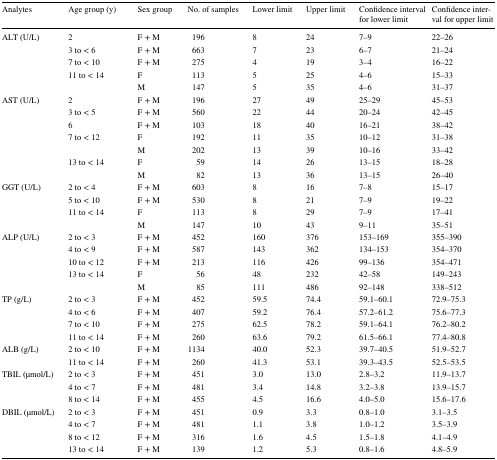
<table><thead><tr><td><b>Analytes</b></td><td><b>Age group (y)</b></td><td><b>Sex group</b></td><td><b>No. of samples</b></td><td><b>Lower limit</b></td><td><b>Upper limit</b></td><td><b>Confidence interval for lower limit</b></td><td><b>Confidence interval for upper limit</b></td></tr></thead><tbody><tr><td>ALT (U/L)</td><td>2</td><td>F + M</td><td>196</td><td>8</td><td>24</td><td>7–9</td><td>22–26</td></tr><tr><td></td><td>3 to &lt; 6</td><td>F + M</td><td>663</td><td>7</td><td>23</td><td>6–7</td><td>21–24</td></tr><tr><td></td><td>7 to &lt; 10</td><td>F + M</td><td>275</td><td>4</td><td>19</td><td>3–4</td><td>16–22</td></tr><tr><td></td><td>11 to &lt; 14</td><td>F</td><td>113</td><td>5</td><td>25</td><td>4–6</td><td>15–33</td></tr><tr><td></td><td></td><td>M</td><td>147</td><td>5</td><td>35</td><td>4–6</td><td>31–37</td></tr><tr><td>AST (U/L)</td><td>2</td><td>F + M</td><td>196</td><td>27</td><td>49</td><td>25–29</td><td>45–53</td></tr><tr><td></td><td>3 to &lt; 5</td><td>F + M</td><td>560</td><td>22</td><td>44</td><td>20–24</td><td>42–45</td></tr><tr><td></td><td>6</td><td>F + M</td><td>103</td><td>18</td><td>40</td><td>16–21</td><td>38–42</td></tr><tr><td></td><td>7 to &lt; 12</td><td>F</td><td>192</td><td>11</td><td>35</td><td>10–12</td><td>31–38</td></tr><tr><td></td><td></td><td>M</td><td>202</td><td>13</td><td>39</td><td>10–16</td><td>33–42</td></tr><tr><td></td><td>13 to &lt; 14</td><td>F</td><td>59</td><td>14</td><td>26</td><td>13–15</td><td>18–28</td></tr><tr><td></td><td></td><td>M</td><td>82</td><td>13</td><td>36</td><td>13–15</td><td>26–40</td></tr><tr><td>GGT (U/L)</td><td>2 to &lt; 4</td><td>F + M</td><td>603</td><td>8</td><td>16</td><td>7–8</td><td>15–17</td></tr><tr><td></td><td>5 to &lt; 10</td><td>F + M</td><td>530</td><td>8</td><td>21</td><td>7–9</td><td>19–22</td></tr><tr><td></td><td>11 to &lt; 14</td><td>F</td><td>113</td><td>8</td><td>29</td><td>7–9</td><td>17–41</td></tr><tr><td></td><td></td><td>M</td><td>147</td><td>10</td><td>43</td><td>9–11</td><td>35–51</td></tr><tr><td>ALP (U/L)</td><td>2 to &lt; 3</td><td>F + M</td><td>452</td><td>160</td><td>376</td><td>153–169</td><td>355–390</td></tr><tr><td></td><td>4 to &lt; 9</td><td>F + M</td><td>587</td><td>143</td><td>362</td><td>134–153</td><td>354–370</td></tr><tr><td></td><td>10 to &lt; 12</td><td>F + M</td><td>213</td><td>116</td><td>426</td><td>99–136</td><td>354–471</td></tr><tr><td></td><td>13 to &lt; 14</td><td>F</td><td>56</td><td>48</td><td>232</td><td>42–58</td><td>149–243</td></tr><tr><td></td><td></td><td>M</td><td>85</td><td>111</td><td>486</td><td>92–148</td><td>338–512</td></tr><tr><td>TP (g/L)</td><td>2 to &lt; 3</td><td>F + M</td><td>452</td><td>59.5</td><td>74.4</td><td>59.1–60.1</td><td>72.9–75.3</td></tr><tr><td></td><td>4 to &lt; 6</td><td>F + M</td><td>407</td><td>59.2</td><td>76.4</td><td>57.2–61.2</td><td>75.6–77.3</td></tr><tr><td></td><td>7 to &lt; 10</td><td>F + M</td><td>275</td><td>62.5</td><td>78.2</td><td>59.1–64.1</td><td>76.2–80.2</td></tr><tr><td></td><td>11 to &lt; 14</td><td>F + M</td><td>260</td><td>63.6</td><td>79.2</td><td>61.5–66.1</td><td>77.4–80.8</td></tr><tr><td>ALB (g/L)</td><td>2 to &lt; 10</td><td>F + M</td><td>1134</td><td>40.0</td><td>52.3</td><td>39.7–40.5</td><td>51.9–52.7</td></tr><tr><td></td><td>11 to &lt; 14</td><td>F + M</td><td>260</td><td>41.3</td><td>53.1</td><td>39.3–43.5</td><td>52.5–53.5</td></tr><tr><td>TBIL (μmol/L)</td><td>2 to &lt; 3</td><td>F + M</td><td>451</td><td>3.0</td><td>13.0</td><td>2.8–3.2</td><td>11.9–13.7</td></tr><tr><td></td><td>4 to &lt; 7</td><td>F + M</td><td>481</td><td>3.4</td><td>14.8</td><td>3.2–3.8</td><td>13.9–15.7</td></tr><tr><td></td><td>8 to &lt; 14</td><td>F + M</td><td>455</td><td>4.5</td><td>16.6</td><td>4.0–5.0</td><td>15.6–17.6</td></tr><tr><td>DBIL (μmol/L)</td><td>2 to &lt; 3</td><td>F + M</td><td>451</td><td>0.9</td><td>3.3</td><td>0.8–1.0</td><td>3.1–3.5</td></tr><tr><td></td><td>4 to &lt; 7</td><td>F + M</td><td>481</td><td>1.1</td><td>3.8</td><td>1.0–1.2</td><td>3.5–3.9</td></tr><tr><td></td><td>8 to &lt; 12</td><td>F + M</td><td>316</td><td>1.6</td><td>4.5</td><td>1.5–1.8</td><td>4.1–4.9</td></tr><tr><td></td><td>13 to &lt; 14</td><td>F + M</td><td>139</td><td>1.2</td><td>5.3</td><td>0.8–1.6</td><td>4.8–5.9</td></tr></tbody></table>